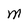
Character: M